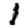
Digit: 1